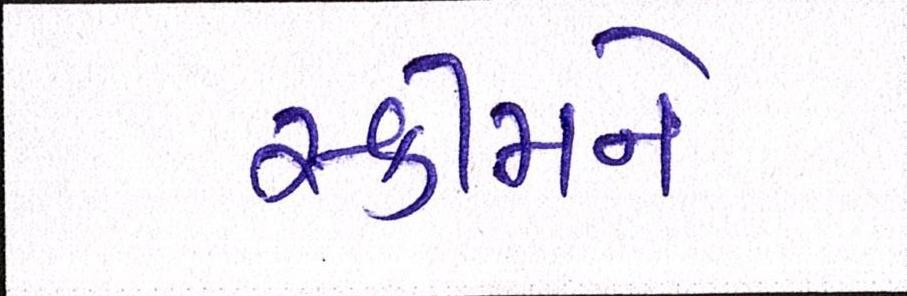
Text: સ્કીમને